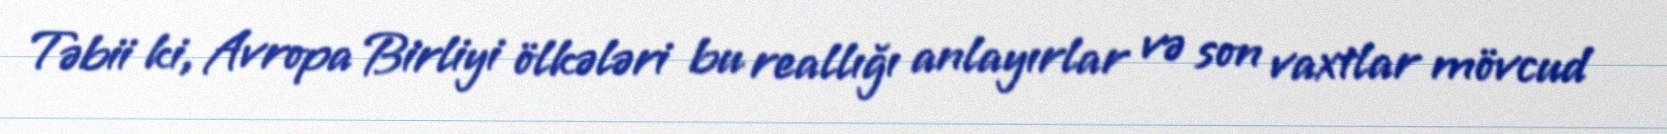
Təbii ki, Avropa Birliyi ölkələri bu reallığı anlayırlar və son vaxtlar mövcud